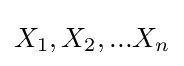
X_{1},X_{2},...X_{n}